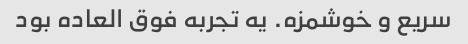
سریع و خوشمزه. یه تجربه فوق العاده بود